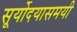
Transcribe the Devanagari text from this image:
सूर्योदयासमयी